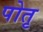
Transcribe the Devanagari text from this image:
पोतृ